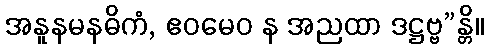
အနူနမနဓိကံ, ဧဝမေဝ န အညထာ ဒဋ္ဌဗ္ဗ”န္တိ။